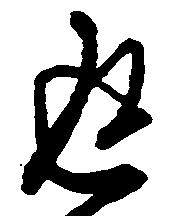
返